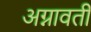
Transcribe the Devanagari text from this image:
अग्नावती